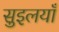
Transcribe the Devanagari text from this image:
सुइलयाँ